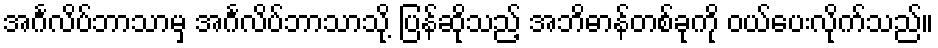
အင်္ဂလိပ်ဘာသာမှ အင်္ဂလိပ်ဘာသာသို့ ပြန်ဆိုသည့် အဘိဓာန်တစ်ခုကို ဝယ်ပေးလိုက်သည်။